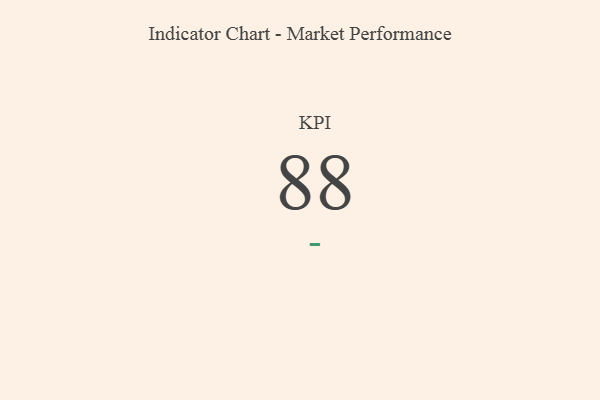
{"axis": {"x": "KPI", "y": "Value"}, "legend": [""], "data": [{"x": "KPI", "y": 88, "type": ""}]}